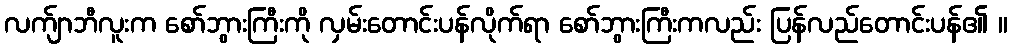
လက်ျာဘီလူးက စော်ဘွားကြီးကို လှမ်းတောင်းပန်လိုက်ရာ စော်ဘွားကြီးကလည်း ပြန်လည်တောင်းပန်၏ ။